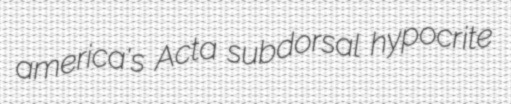
america's Acta subdorsal hypocrite